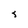
Character: J